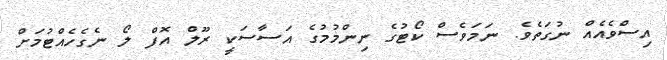
އިސްވެއެއް ނުގަތެވެ. ނަމަވެސް ކޯޓުގެ ނިންމުމުގެ އަސާސަކީ ރޫލް އޮފް ލޯ ނެގެހެއްޓުމަށް